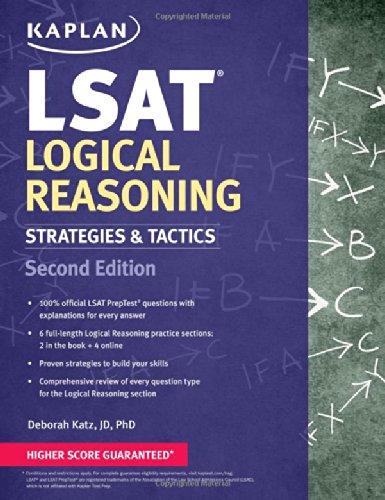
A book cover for Kaplan LSAT Logical Reasoning Strategies & Tactics (Kaplan Test Prep); Deborah Katz JD  PhD; Test Preparation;